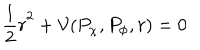
\frac { 1 } { 2 } \stackrel { \cdot } { r } ^ { 2 } + { \cal V } ( P _ { \chi } , P _ { \phi } , r ) = 0